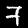
Digit: 7